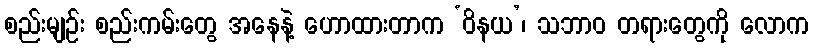
စည်းမျဉ်း စည်းကမ်းတွေ အနေနဲ့ ဟောထားတာက ‘ဝိနယ’၊ သဘာဝ တရားတွေကို လောက